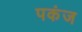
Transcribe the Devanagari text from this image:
पकंज